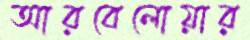
আরবেলোয়ার